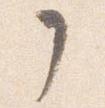
了